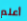
أعلم